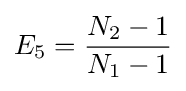
E_{5}={\frac {N_{2}-1}{N_{1}-1}}